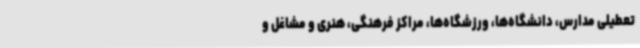
تعطیلی مدارس، دانشگاه‌ها، ورزشگاه‌ها، مراکز فرهنگی، هنری و مشاغل و